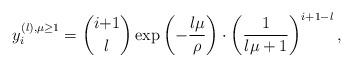
LaTeX: \begin{align*}y_i^{(l),\mu\geq1}=\binom{i{+}1}{l}\exp\left(-\dfrac{l\mu}{\rho}\right)\cdot\left(\dfrac{1}{l\mu+1}\right)^{i{+}1-l},\end{align*}